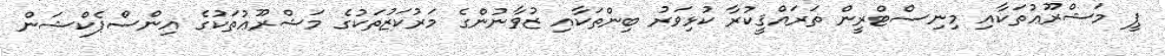
ޕީ މަޝްރޫޢުތަކާއި މިނިސްޓްރީން ތަރައްޤީކުރާ ކުޅިވަރު ބިންތަކާއި ޒުވާނުންގެ މަރުކަޒުތަކުުގެ މަޝްރޫޢުތަކުގެ އިންސްޕެކްޝަން